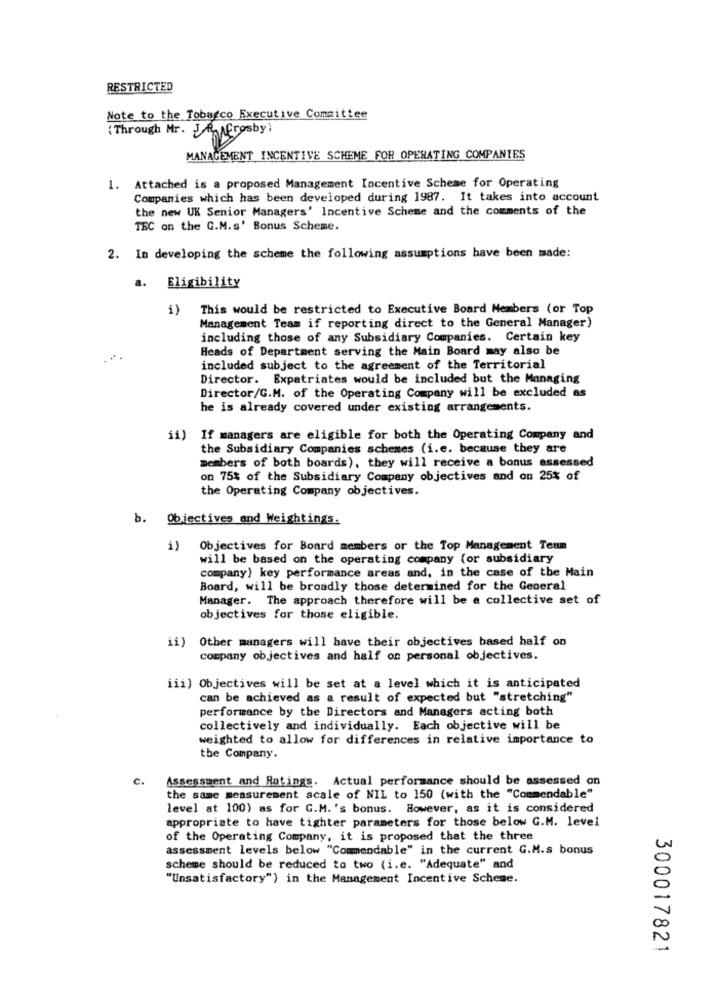
RESTRICTED
Note to the Tobarco Executive Committee
( Through Mr. Jen Crosby)
MANAGEMENT INCENTIVE SCHEME FOR OPERATING COMPANIES
1. Attached is a proposed Management Incentive Scheme for Operating
Companies which has been developed during 1987. It takes into account
the new UK Senior Managers' Incentive Scheme and the comments of the
TEC on the G.M.s' Bonus Scheme.
2. In developing the scheme the following assumptions have been made:
a. Eligibility
1)
This would be restricted to Executive Board Members (or Top
Management Team if reporting direct to the General Manager)
including those of any Subsidiary Companies. Certain key
Heads of Department serving the Main Board may also be
included subject to the agreement of the Territorial
Director. Expatriates would be included but the Managing
Director/G.M. of the Operating Company will be excluded as
he is already covered under existing arrangements.
ii) If managers are eligible for both the Operating Company and
the Subsidiary Companies schemes (i.e. because they are
members of both boards), they will receive a bonus assessed
on 75% of the Subsidiary Company objectives and on 25% of
the Operating Company objectives.
b. Objectives and Weightings.
) Objectives for Board members or the Top Management Team
will be based on the operating company (or subsidiary
company) key performance areas and, in the case of the Main
Board, will be broadly those determined for the General
Manager. The approach therefore will be e collective set of
objectives for those eligible.
ii) Other managers will have their objectives based half on
company objectives and half on personal objectives.
iii) Objectives will be set at a level which it is anticipated
can be achieved as a result of expected but "stretching"
performance by the Directors and Managers acting both
collectively and individually. Each objective will be
weighted to allow for differences in relative importance to
the Company.
c.
Assessment and Ratings. Actual performance should be assessed on
the same measurement scale of NIL to 150 (with the "Commendable"
level at 100) as for G.M.'s bonus. However, as it is considered
appropriate to have tighter parameters for those below G.M. level
of the Operating Company, it is proposed that the three
assessment levels below "Commendable" in the current G.M.s bonus
scheme should be reduced to two (i.e. "Adequate" and
"Unsatisfactory") in the Management Incentive Scheme.
300017821